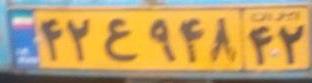
۴۲ع۹۴۸۴۲